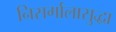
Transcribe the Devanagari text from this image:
निसर्गालासुद्धा